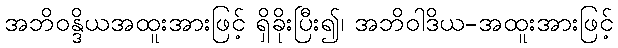
အဘိဝန္ဒိယအထူးအားဖြင့် ရှိခိုးပြီး၍၊ အဘိဝါဒိယ-အထူးအားဖြင့်